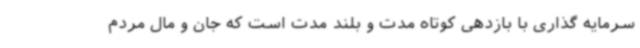
سرمایه گذاری با بازدهی کوتاه مدت و بلند مدت است که جان و مال مردم